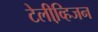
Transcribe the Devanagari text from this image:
टेलीव्हि़जन